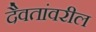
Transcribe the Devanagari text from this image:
दैवतांवरील